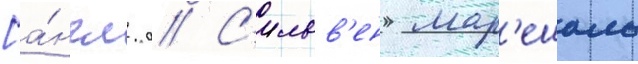
[а́нгл. // С'ильв'ен мар'ешаль